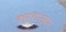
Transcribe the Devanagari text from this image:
कयद्यांनुसार